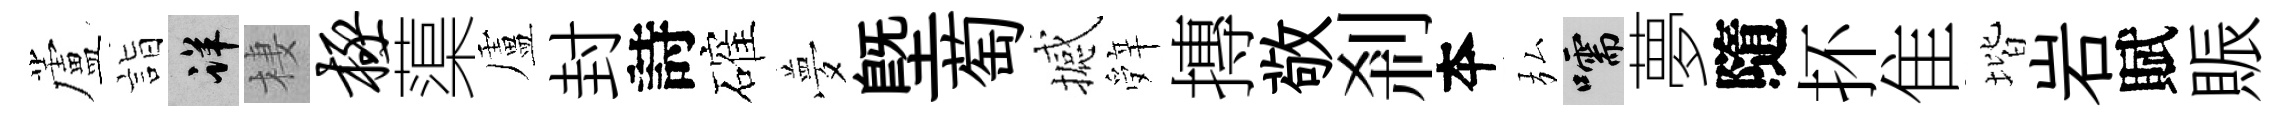
蘆詣详棲极蕖盧封詩確夢塈萄撼辤摶敬剎夲弘嚅夢隨抔隹堦岩賦賑